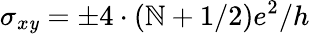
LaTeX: \sigma_{x\mathit{y}}=\pm{4\cdot\left(\mathbb{N}+1/2\right)e^{2}}/h